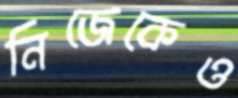
নিজেকেও